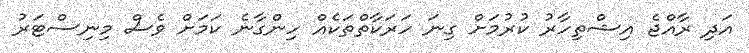
އަދި ރާއްޖެ އިޝްތިހާރު ކުރުމަށް ގިނަ ހަރަކާތްތަކެއް ހިންގާނެ ކަމަށް ވެސް މިނިސްޓަރު